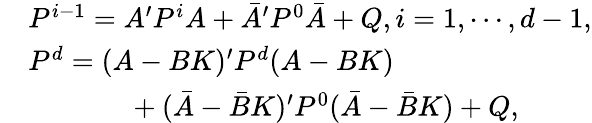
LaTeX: \begin{array}{rl}&{P^{i-1}=A^{\prime}P^{i}A+\bar{A}^{\prime}P^{0}\bar{A}+Q,i=1,\cdots,d-1,}\\ &{P^{d}=(A-BK)^{\prime}P^{d}(A-BK)}\\ &{~~~~~~~~~~~~~~+(\bar{A}-\bar{B}K)^{\prime}P^{0}(\bar{A}-\bar{B}K)+Q,}\end{array}